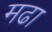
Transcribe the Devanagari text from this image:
मढा